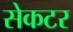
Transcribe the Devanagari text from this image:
सेकटर